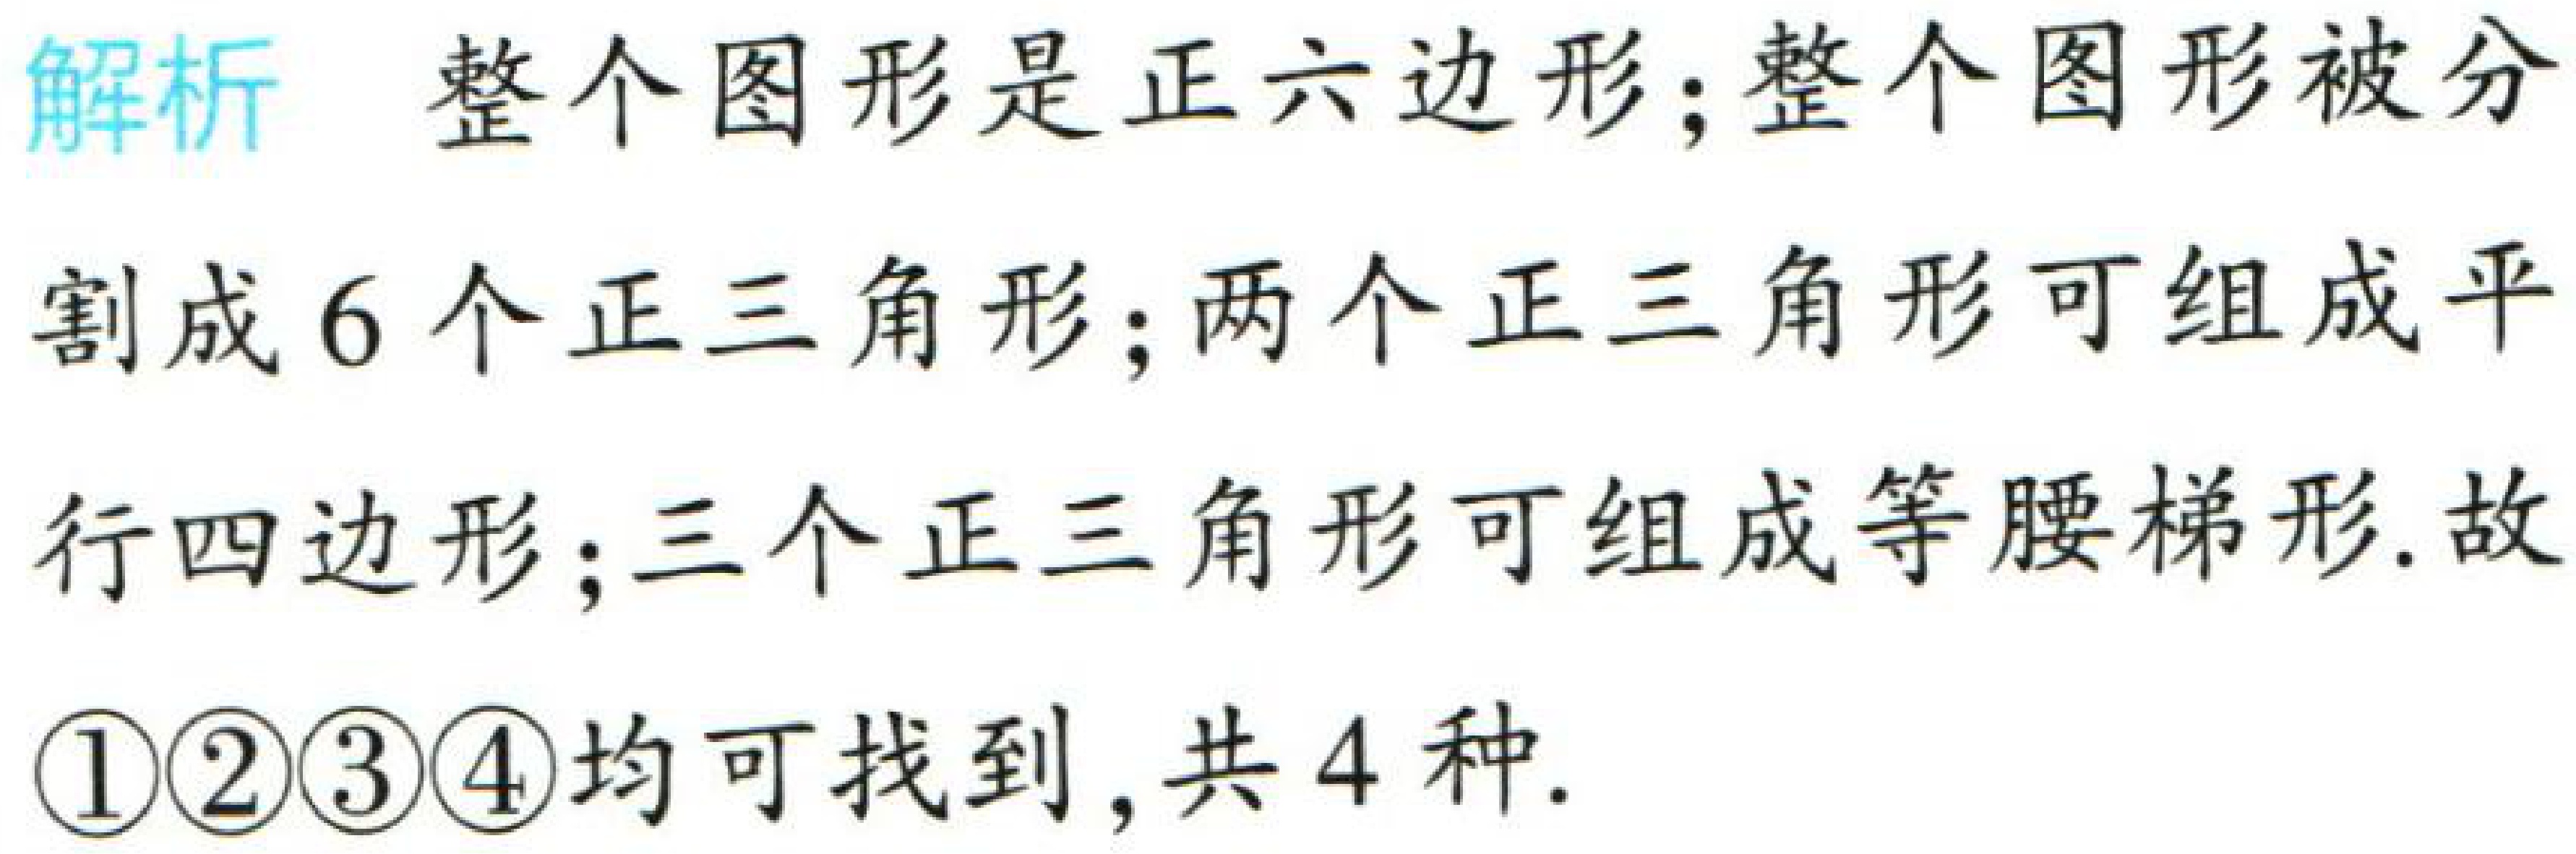
解析 整个图形是正六边形；整个图形被分

割成 6 个正三角形；两个正三角形可组成平

行四边形；三个正三角形可组成等腰梯形. 故

\textcircled{1}\textcircled{2}\textcircled{3}\textcircled{4}均可找到，共 4 种.